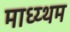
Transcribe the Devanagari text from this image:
माध्य्थम